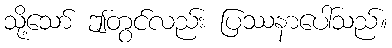
သို့သော် ဤတွင်လည်း ပြဿနာပေါ်သည်။